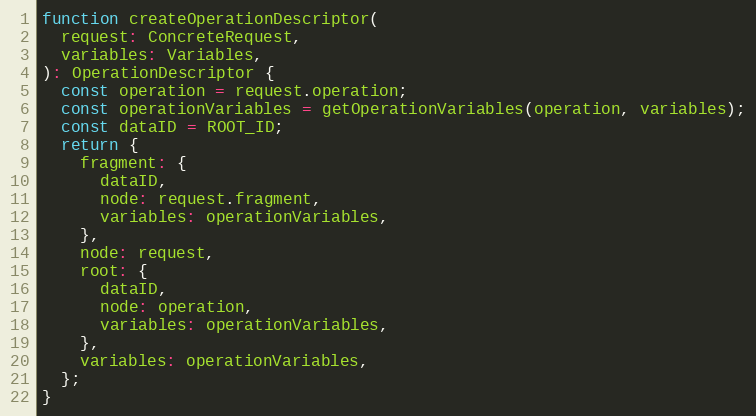
Language: JavaScript
function createOperationDescriptor(
  request: ConcreteRequest,
  variables: Variables,
): OperationDescriptor {
  const operation = request.operation;
  const operationVariables = getOperationVariables(operation, variables);
  const dataID = ROOT_ID;
  return {
    fragment: {
      dataID,
      node: request.fragment,
      variables: operationVariables,
    },
    node: request,
    root: {
      dataID,
      node: operation,
      variables: operationVariables,
    },
    variables: operationVariables,
  };
}